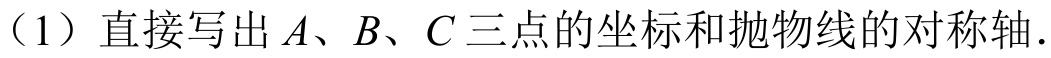
（1）直接写出 \(A、B、C\) 三点的坐标和抛物线的对称轴.